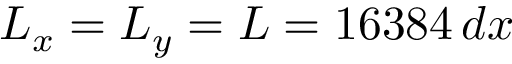
L _ { x } = L _ { y } = L = 1 6 3 8 4 \, d x